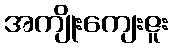
အကျိုးကျေးဇူး